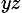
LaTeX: _{yz}